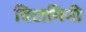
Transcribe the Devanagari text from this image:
विटामिनी